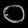
Digit: ၀